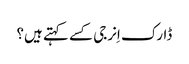
ڈارک اِنرجی کسے کہتے ہیں؟